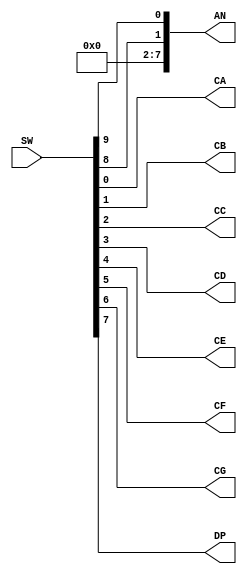
// make a bitstream with this file.  Is AN active HIGH or active LOW?  
// What about the CA-CG bits?
`timescale 1ns / 1ps

module drive7seg(
    input [9:0] SW,
    output [7:0] AN,
    output CA,
    output CB,
    output CC,
    output CD,
    output CE,
    output CF,
    output CG,
    output DP
    );
    
    assign CA=SW[0];
    assign CB=SW[1];
    assign CC=SW[2];
    assign CD=SW[3];
    assign CE=SW[4];
    assign CF=SW[5];
    assign CG=SW[6];
    assign DP=SW[7];
    
    assign AN[7:2]=6'b0;
    assign AN[1]=SW[8];
    assign AN[0]=SW[9];

endmodule